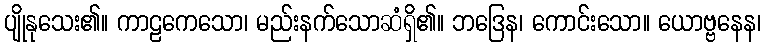
ပျိုနုသေး၏။ ကာဠကေသော၊ မည်းနက်သောဆံရှိ၏။ ဘဒြေန၊ ကောင်းသော။ ယောဗ္ဗနေန၊